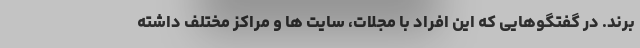
برند. در گفتگوهایی که این افراد با مجلات، سایت ها و مراکز مختلف داشته